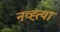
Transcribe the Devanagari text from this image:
नव्ह्त्या